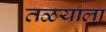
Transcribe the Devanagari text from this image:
तळयाला